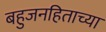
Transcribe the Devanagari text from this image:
बहुजनहिताच्या